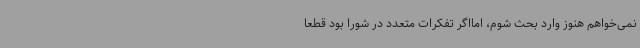
نمی‌خواهم هنوز وارد بحث شوم، امااگر تفکرات متعدد در شورا بود قطعا